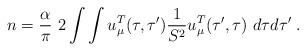
\begin{align*}n= {\alpha\over \pi }~ 2 \int \int u_\mu^T(\tau,\tau'){1\over S^2} u_\mu^T(\tau',\tau) ~d\tau d\tau'\; .\end{align*}